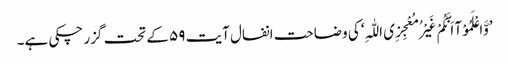
’وَّاعْلَمُوْآ اَنَّکُمْ غَیْرُ مُعْجِزِی اللّٰہِ‘ کی وضاحت انفال آیت ۵۹ کے تحت گزر چکی ہے۔